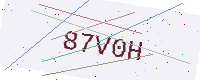
Text: 87V0H